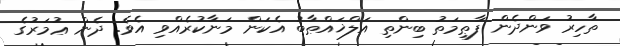
ތާހިރު ވަންދެން ފާޠިމަތު ބިންތި އަލްޚައްޠާބު އެކަން މަނާކުރެއްވި އެވެ. ދެން ޢުމަރުގެ